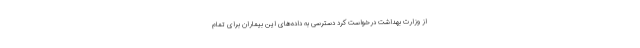
از وزارت بهداشت درخواست کرد دسترسی به داده‌های این بیماران برای تمام